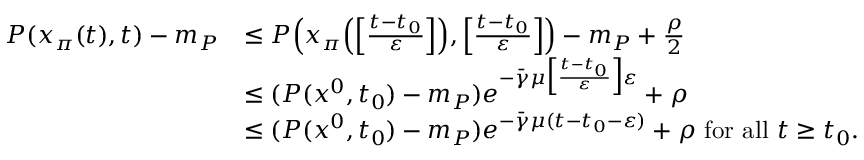
\begin{array} { r l } { P ( x _ { \pi } ( t ) , t ) - m _ { P } } & { \le P \Big ( x _ { \pi } \Big ( \Big [ \frac { t - t _ { 0 } } { \varepsilon } \Big ] \Big ) , \Big [ \frac { t - t _ { 0 } } { \varepsilon } \Big ] \Big ) - m _ { P } + \frac { \rho } { 2 } } \\ & { \le ( P ( x ^ { 0 } , t _ { 0 } ) - m _ { P } ) e ^ { - \bar { \gamma } \mu \Big [ \frac { t - t _ { 0 } } { \varepsilon } \Big ] \varepsilon } + \rho } \\ & { \le ( P ( x ^ { 0 } , t _ { 0 } ) - m _ { P } ) e ^ { - \bar { \gamma } \mu ( t - t _ { 0 } - \varepsilon ) } + \rho \mathrm { ~ f o r ~ a l l ~ } t \ge t _ { 0 } . } \end{array}